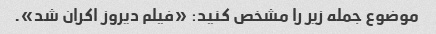
موضوع جمله زیر را مشخص کنید: «فیلم دیروز اکران شد».